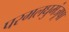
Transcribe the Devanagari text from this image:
परमलघुमंजूषा